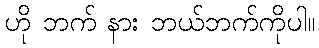
ဟို ဘက် နား ဘယ်ဘက်ကိုပါ။